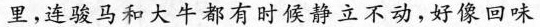
里，连骏马和大牛都有时候静立不动，好像回味